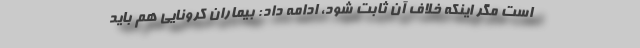
است مگر اینکه خلاف آن ثابت شود، ادامه داد: بیماران کرونایی هم باید